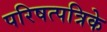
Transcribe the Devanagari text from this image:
परिषत्पत्रिके